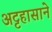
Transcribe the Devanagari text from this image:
अट्टहासाने